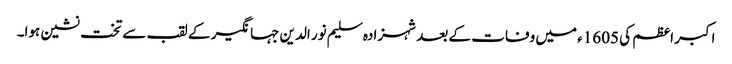
اکبر اعظم کی 1605ء میں وفات کے بعد شہزادہ سلیم نور الدین جہانگیر کے لقب سے تخت نشین ہوا۔